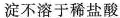
淀不溶于稀盐酸